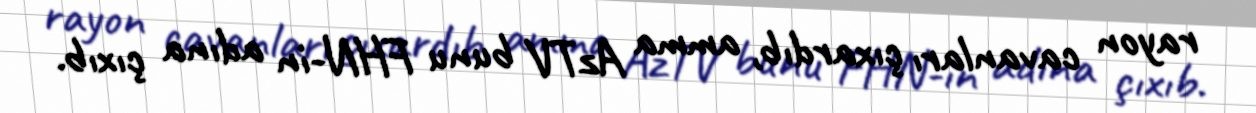
rayon cavanları çıxardıb, amma AzTV bunu FHN-in adına çıxıb.